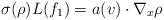
LaTeX: \begin{align*}\sigma(\rho)L(f_1) = a(v)\cdot\nabla_x \rho\end{align*}